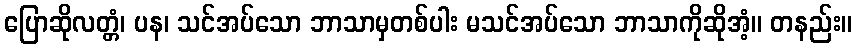
ပြောဆိုလတ္တံ၊ ပန၊ သင်အပ်သော ဘာသာမှတစ်ပါး မသင်အပ်သော ဘာသာကိုဆိုအံ့။ တနည်း။